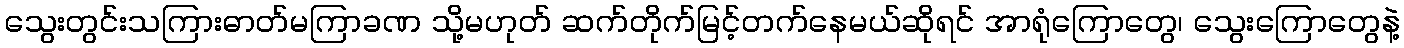
သွေးတွင်းသကြားဓာတ်မကြာခဏ သို့မဟုတ် ဆက်တိုက်မြင့်တက်နေမယ်ဆိုရင် အာရုံကြောတွေ၊ သွေးကြောတွေနဲ့